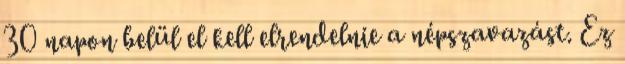
30 napon belül el kell elrendelnie a népszavazást. Ez